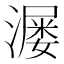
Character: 𬉆